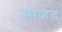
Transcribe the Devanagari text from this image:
साजड